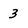
Character: 3